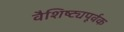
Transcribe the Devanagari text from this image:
वैशिष्ट्यपूर्वक